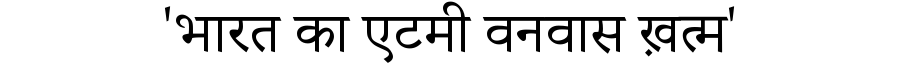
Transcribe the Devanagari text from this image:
'भारत का एटमी वनवास ख़त्म'